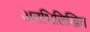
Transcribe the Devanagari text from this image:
अनभिलिखित